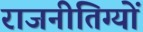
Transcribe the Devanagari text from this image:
राजनीतिग्यों